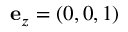
\mathbf { e } _ { z } = ( 0 , 0 , 1 )